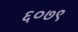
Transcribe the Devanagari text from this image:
६०७९